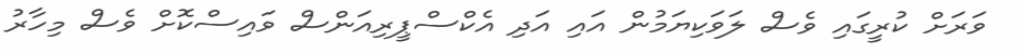
ވަރަށް ކުރީގައި ވެސް ލަވަކިޔަމުން އައި އަދި އެކްސްޕީރިއަންސް ވައިސްކޮށް ވެސް މިހާރު